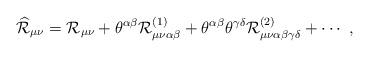
LaTeX: \begin{align*}\widehat{{\cal R}}_{\mu\nu}={\cal R}_{\mu\nu}+\theta^{\alpha\beta} {\cal R}_{\mu\nu\alpha\beta}^{(1)}+\theta^{\alpha\beta}\theta^{\gamma\delta}{\cal R}_{\mu\nu\alpha\beta\gamma\delta}^{(2)}+ \cdots \ , \end{align*}